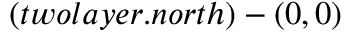
( t w o l a y e r . n o r t h ) - ( 0 , 0 )